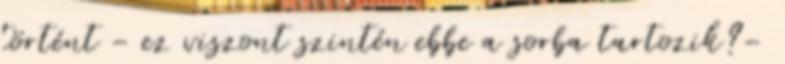
történt - ez viszont szintén ebbe a sorba tartozik?-